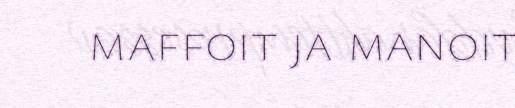
maffoit ja manoit